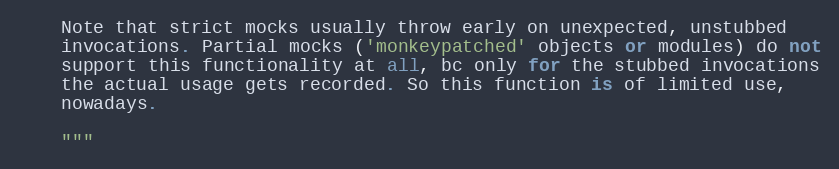
Language: Python
    Note that strict mocks usually throw early on unexpected, unstubbed
    invocations. Partial mocks ('monkeypatched' objects or modules) do not
    support this functionality at all, bc only for the stubbed invocations
    the actual usage gets recorded. So this function is of limited use,
    nowadays.

    """